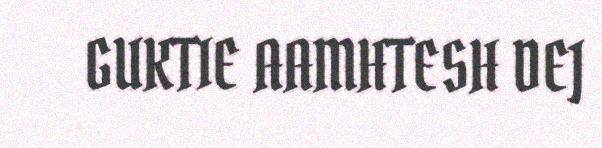
GUKTIE AAMHTESH DEJ